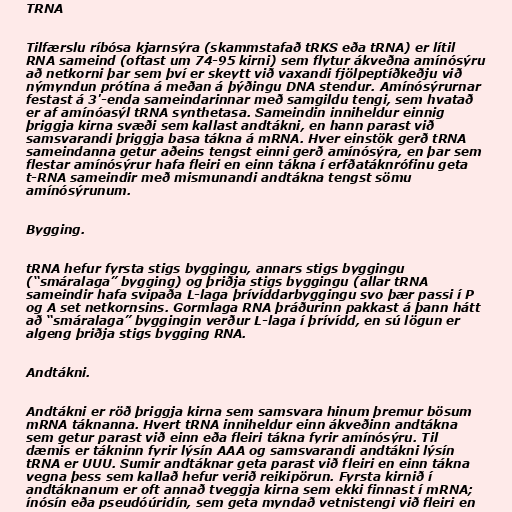
TRNA

Tilfærslu ríbósa kjarnsýra (skammstafað tRKS eða tRNA) er lítil
RNA sameind (oftast um 74-95 kirni) sem flytur ákveðna amínósýru
að netkorni þar sem því er skeytt við vaxandi fjölpeptíðkeðju við
nýmyndun prótína á meðan á þýðingu DNA stendur. Amínósýrurnar
festast á 3'-enda sameindarinnar með samgildu tengi, sem hvatað
er af amínóasýl tRNA synthetasa. Sameindin inniheldur einnig
þriggja kirna svæði sem kallast andtákni, en hann parast við
samsvarandi þriggja basa tákna á mRNA. Hver einstök gerð tRNA
sameindanna getur aðeins tengst einni gerð amínósýra, en þar sem
flestar amínósýrur hafa fleiri en einn tákna í erfðatáknrófinu geta
t-RNA sameindir með mismunandi andtákna tengst sömu
amínósýrunum.

Bygging.

tRNA hefur fyrsta stigs byggingu, annars stigs byggingu
(“smáralaga” bygging) og þriðja stigs byggingu (allar tRNA
sameindir hafa svipaða L-laga þrívíddarbyggingu svo þær passi í P
og A set netkornsins. Gormlaga RNA þráðurinn pakkast á þann hátt
að “smáralaga” byggingin verður L-laga í þrívídd, en sú lögun er
algeng þriðja stigs bygging RNA.

Andtákni.

Andtákni er röð þriggja kirna sem samsvara hinum þremur bösum
mRNA táknanna. Hvert tRNA inniheldur einn ákveðinn andtákna
sem getur parast við einn eða fleiri tákna fyrir amínósýru. Til
dæmis er tákninn fyrir lýsín AAA og samsvarandi andtákni lýsín
tRNA er UUU. Sumir andtáknar geta parast við fleiri en einn tákna
vegna þess sem kallað hefur verið reikipörun. Fyrsta kirnið í
andtáknanum er oft annað tveggja kirna sem ekki finnast í mRNA;
ínósín eða pseudóúridín, sem geta myndað vetnistengi við fleiri en